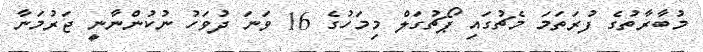
މުބާރާތުގެ ފުރަތަމަ މެޗުގައި ޕޯޗުގަލް މިމަހުގެ 16 ވަނަ ދުވަހު ނުކުންނާނީ ޖަރުމަނާ